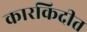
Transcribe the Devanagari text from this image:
कारकिदीत